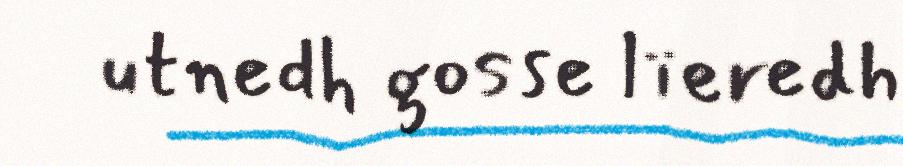
utnedh gosse lïeredh